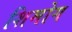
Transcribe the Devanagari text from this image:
शिमोग